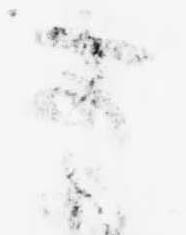
こ